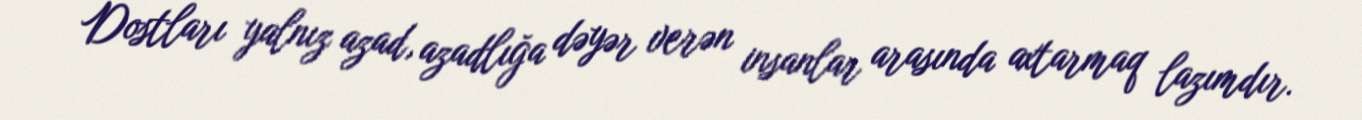
Dostları yalnız azad, azadlığa dəyər verən insanlar arasında axtarmaq lazımdır.